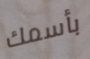
بأسمك